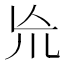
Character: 㠩